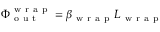
\Phi _ { \mathrm { ~ o ~ u ~ t ~ } } ^ { \mathrm { ~ w ~ r ~ a ~ p ~ } } = \beta _ { \mathrm { ~ w ~ r ~ a ~ p ~ } } L _ { \mathrm { ~ w ~ r ~ a ~ p ~ } }